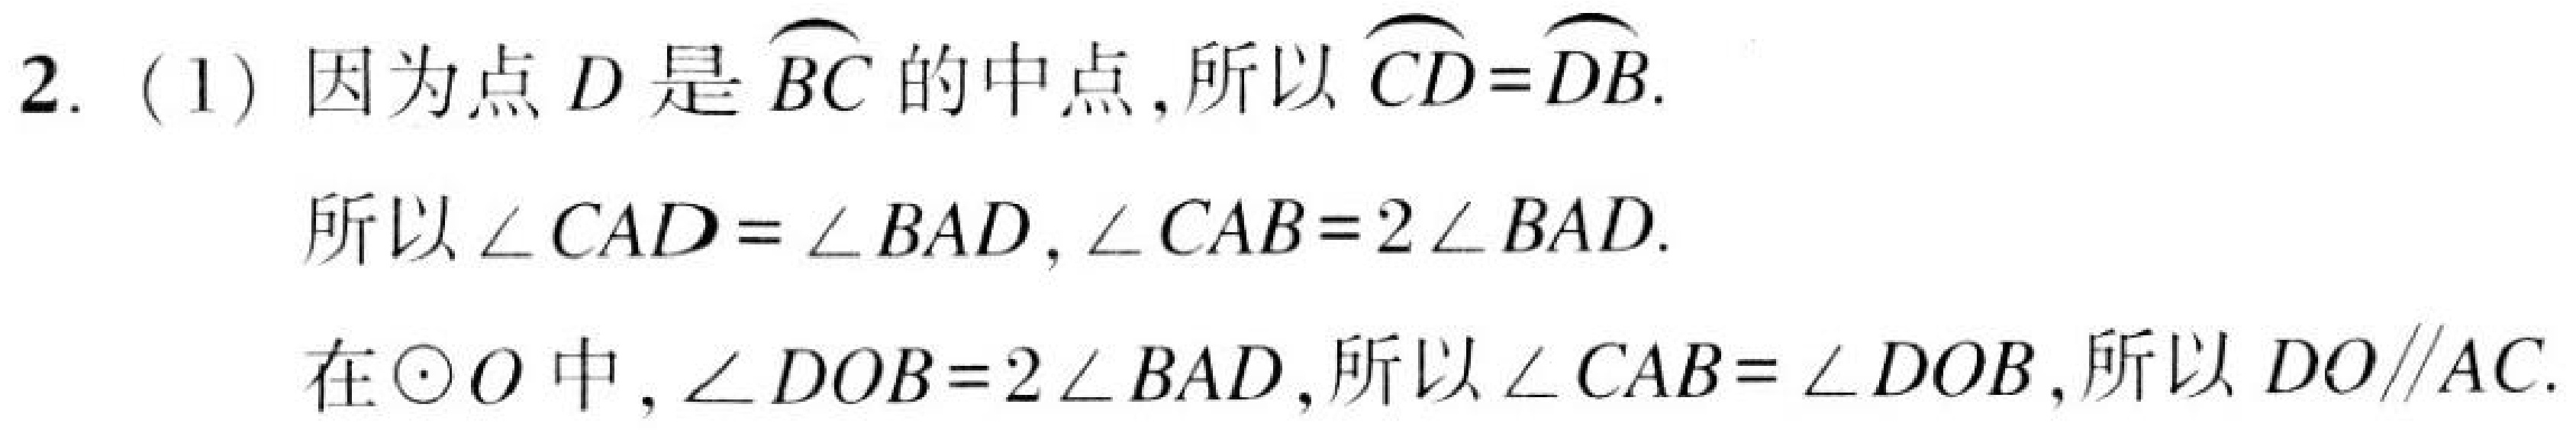
2. (1) 因为点 \(D\) 是 \(\overset{\frown}{BC}\) 的中点, 所以 \(\overset{\frown}{CD}=\overset{\frown}{DB}\).

所以 \(\angle CAD=\angle BAD\), \(\angle CAB = 2\angle BAD\).

在 \(\odot O\) 中, \(\angle DOB = 2\angle BAD\), 所以 \(\angle CAB=\angle DOB\), 所以 \(DO\parallel AC\).